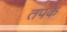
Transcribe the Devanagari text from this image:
तपके